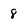
Character: 8